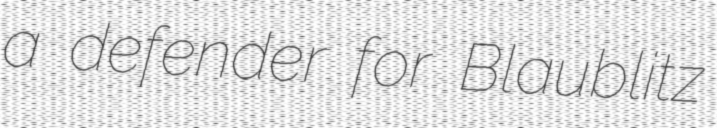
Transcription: a defender for Blaublitz